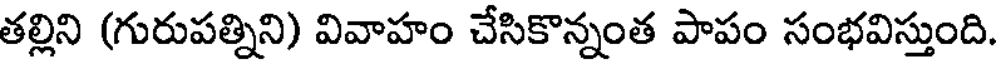
తల్లిని (గురుపత్నిని) వివాహం చేసికొన్నంత పాపం సంభవిస్తుంది.